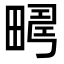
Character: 𤲮